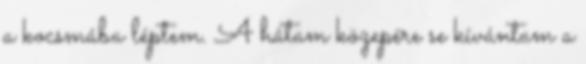
a kocsmába léptem. A hátam közepére se kívántam a